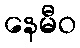
နေမီဝ